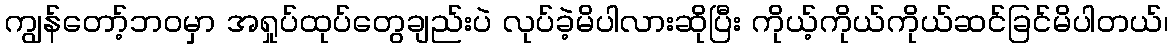
ကျွန်တော့်ဘဝမှာ အရှုပ်ထုပ်တွေချည်းပဲ လုပ်ခဲ့မိပါလားဆိုပြီး ကိုယ့်ကိုယ်ကိုယ်ဆင်ခြင်မိပါတယ်၊